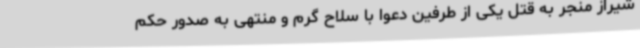
شیراز منجر به قتل یکی از طرفین دعوا با سلاح گرم و منتهی به صدور حکم